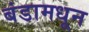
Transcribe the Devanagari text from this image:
बंडामधून